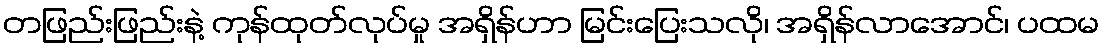
တဖြည်းဖြည်းနဲ့ ကုန်ထုတ်လုပ်မှု အရှိန်ဟာ မြင်းပြေးသလို၊ အရှိန်လာအောင်၊ ပထမ